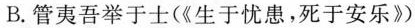
B. 管夷吾举于士(《生于忧患，死于安乐》